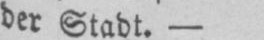
der Stadt. -